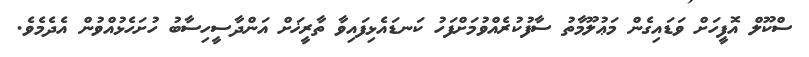
ސްކޫލް އޮފީހަށް ވަޑައިގެން މަޢުލޫމާތު ސާފުކުރެއްވުމަށްފަހު ކަނޑައެޅިފައިވާ ތާރީޚަށް އަންދާސީހިސާބު ހުށަހެޅުއްވުން އެދެމެވެ.